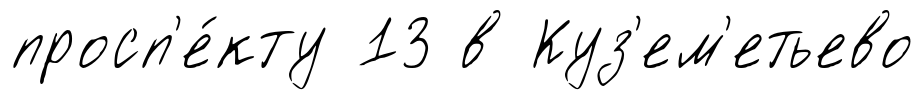
просп'е́кту 13 в Куз'ем'етьево